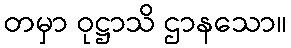
တမှာ ဝုဋ္ဌာသိ ဌာနသော။